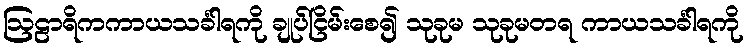
ဩဠာရိကကာယသင်္ခါရကို ချုပ်ငြိမ်းစေ၍ သုခုမ သုခုမတရ ကာယသင်္ခါရကို